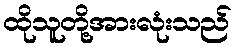
ထိုသူတို့အားလုံးသည်